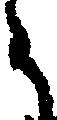
う